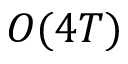
O ( 4 T )